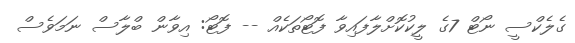
ގެލެކްސީ ނޯޓް 7ގެ ލީކުކޮށްލާފައިވާ ފޮޓޯތަކެއް -- ފޮޓޯ: އިވާން ބްލާސް ނަމަވެސް